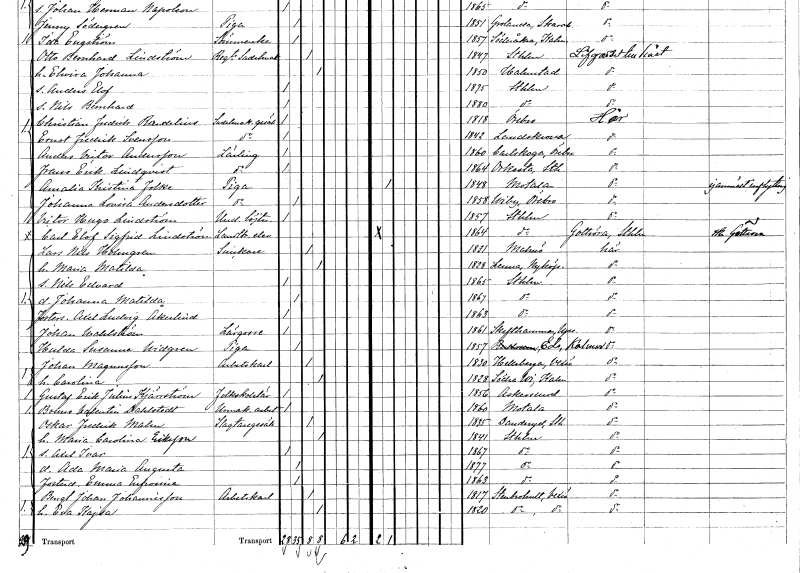
gt_parse: households: individuals: FN: Otto Bernhard
EN: Lindström
YRKE: Regementssadelmakare
KON: M
CIV: G
FODAR: 1847
FODFORS: Stockholm
FN: Elwira Johanna
KON: K
CIV: G
FODAR: 1850
FODFORS: Halmstad Hallands län
FN: Anders Elof
KON: M
CIV: O
FODAR: 1875
FODFORS: Stockholm
FN: Nils Bernhard
KON: M
CIV: O
FODAR: 1880
FODFORS: Stockholm
FN: Christian Fredrik
EN: Rundelius
YRKE: Sadelmakaregesäll
KON: M
CIV: O
FODAR: 1818
FODFORS: Örebro Örebro län
FN: Ernst Fredrik
EN: Svensson
YRKE: Sadelmakaregesäll
KON: M
CIV: O
FODAR: 1842
FODFORS: Landskrona Malmöhus län
FN: Anders Victor
EN: Andersson
YRKE: Lärling
KON: M
CIV: O
FODAR: 1860
FODFORS: Karlskoga Örebro län
FN: Frans Erik
EN: Lindqvist
YRKE: Lärling
KON: M
CIV: O
FODAR: 1864
FODFORS: Orkesta Stockholms län
FN: Amalia Kristina
EN: Folke
YRKE: Piga
KON: K
CIV: O
FODAR: 1848
FODFORS: Motala Östergötlands län
FN: Johanna Lovisa
EN: Andersdotter
YRKE: Piga
KON: K
CIV: O
FODAR: 1858
FODFORS: Viby Örebro län
FN: Victor Hugo
EN: Lindström
YRKE: Underlöjtnant
KON: M
CIV: O
FODAR: 1857
FODFORS: Stockholm
FN: Carl Elof Sigfrid
EN: Lindström
YRKE: Lantbrukselev
KON: M
CIV: O
FODAR: 1864
FODFORS: Stockholm
FN: Lars Nils
EN: Holmgren
YRKE: Snickare
KON: M
CIV: G
FODAR: 1831
FODFORS: Malmö Malmöhus län
FN: Maria Matilda
KON: K
CIV: G
FODAR: 1828
FODFORS: Länna Södermanlands län
FN: Nils Edvard
KON: M
CIV: O
FODAR: 1865
FODFORS: Stockholm
FN: Johanna Matilda
KON: K
CIV: O
FODAR: 1867
FODFORS: Stockholm
FN: Axel Ludvig
EN: Åkerlind
KON: M
CIV: O
FODAR: 1863
FODFORS: Stockholm
FN: Johan
EN: Wahlström
YRKE: Lärgosse
KON: M
CIV: O
FODAR: 1861
FODFORS: Skäfthammar Uppsala län
FN: Hulda Susanna
EN: Widgren
YRKE: Piga
KON: K
CIV: O
FODAR: 1857
FODFORS: Västra Ed Kalmar län
FN: Johan
EN: Magnusson
YRKE: Arbetskarl
KON: M
CIV: G
FODAR: 1830
FODFORS: Hälleberga Kalmar län
FN: Carolina
KON: K
CIV: G
FODAR: 1828
FODFORS: Södra Vi Kalmar län
FN: Gustaf Erik Julius
EN: Kjärrström
YRKE: Folkskolelärare
KON: M
CIV: O
FODAR: 1856
FODFORS: Askersund Örebro län
FN: Bruno Valentin
EN: Dahlstedt
YRKE: Urmakeriarbetare
KON: M
CIV: O
FODAR: 1860
FODFORS: Motala Östergötlands län
FN: Oskar Fredrik
EN: Malm
YRKE: Slaktaregesäll
KON: M
CIV: G
FODAR: 1835
FODFORS: Danderyd Stockholms län
FN: Maria Carolina
EN: Eriksson
KON: K
CIV: G
FODAR: 1841
FODFORS: Stockholm
FN: Axel Ivar
KON: M
CIV: O
FODAR: 1867
FODFORS: Stockholm
FN: Ada Maria Augusta
KON: K
CIV: O
FODAR: 1877
FODFORS: Stockholm
FN: Emma Eufrosina
KON: K
CIV: O
FODAR: 1863
FODFORS: Stockholm
FN: Bengt Johan
EN: Johannisson
YRKE: Arbetskarl
KON: M
CIV: G
FODAR: 1817
FODFORS: Stenbrohult Kronobergs län
FN: Eva Kajsa
KON: K
CIV: G
FODAR: 1820
FODFORS: Stenbrohult Kronobergs län